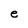
Character: e